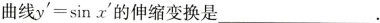
曲线$$y ^ { \prime }